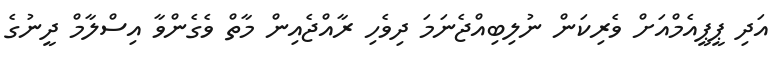
އަދި ޕީޕީއެމްއަށް ވެރިކަން ނުލިބިއްޖެނަމަ ދިވެހި ރާއްޖެއިން މާތް ވެގެންވާ އިސްލާމް ދީނުގެ